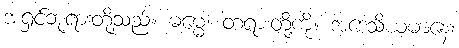
အရှင်ဘုရားတို့သည်။ ဓမ္မေ၊ တရားတို့ကို။ အဒေသိယမာနေ၊